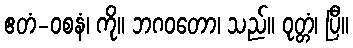
ဧတံ-ဝစနံ၊ ကို။ ဘဂဝတော၊ သည်။ ဝုတ္တံ၊ ပြီ။